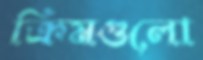
ক্রিমগুলো